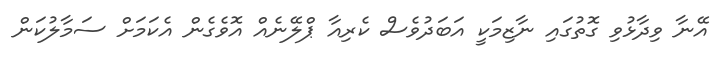
އޭނާ ވިދާޅުވި ގޮތުގައި ނާޒިމަކީ އަބަދުވެސް ކެރިއާ ޕްލޭނެއް އޮވެގެން އެކަމަށް ސަމާލުކަން